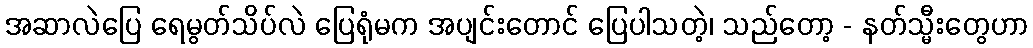
အဆာလဲပြေ ရေမွတ်သိပ်လဲ ပြေရုံမက အပျင်းတောင် ပြေပါသတဲ့၊ သည်တော့ - နတ်သ္မီးတွေဟာ